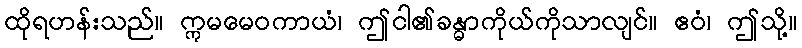
ထိုရဟန်းသည်။ ဣမမေဝကာယံ၊ ဤငါ၏ခန္ဓာကိုယ်ကိုသာလျင်။ ဧဝံ၊ ဤသို့။